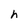
Character: h